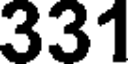
331